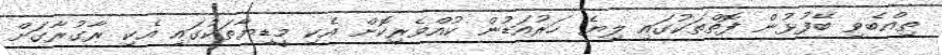
ތިއްބެވި ބޭފުޅުން ފޮތްތަކުގައި ލިޔެ ހަރުއަޑުން ކުއްވެރިކޮށް އެކި މީޑިޔާތަކުގައި އެކި ރާގުރާގަށް